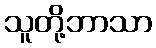
သူတို့ဘာသာ